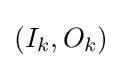
(I_{k},O_{k})